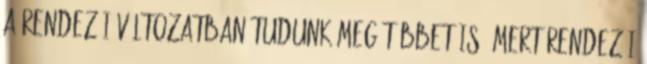
a rendezői változatban tudunk meg többet is. Mert rendezői